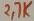
Text: 2.7K